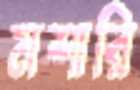
মশারি